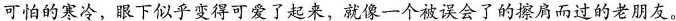
可怕的寒冷，眼下似乎变得可爱了起来，就像一个被误会了的擦肩而过的老朋友。